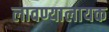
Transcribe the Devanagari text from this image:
लावण्यालायक